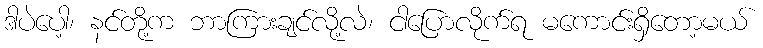
ဒါပဲပေါ့၊ နင်တို့က ဘာကြားချင်လို့လဲ၊ ငါပြောလိုက်ရ မကောင်းရှိတော့မယ်